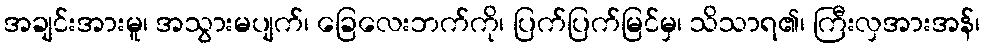
အချင်းအားမူ၊ အသွားမပျက်၊ ခြေလေးဘက်ကို၊ ပြက်ပြက်မြင်မှ၊ သိသာရ၏၊ ကြီးလှအားအန်၊